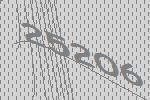
25206